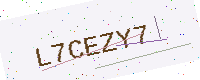
Text: L7CEZY7